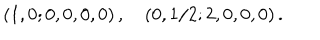
( 1 , 0 ; 0 , 0 , 0 , 0 ) \, , \quad ( 0 , 1 / 2 ; 2 , 0 , 0 , 0 ) \, .